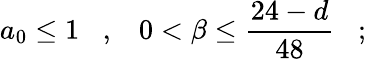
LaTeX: a_{0}\leq 1\; \; \; ,\; \; \; 0<\beta\leq{\frac{24-d}{48}}\; \; \; ;